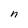
Character: h